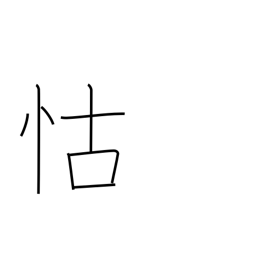
Meaning: depend